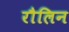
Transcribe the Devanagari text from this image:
रौलिन